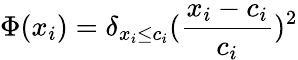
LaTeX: \Phi(x_{i})=\delta_{x_{i}\le c_{i}}(\frac{x_{i}-c_{i}}{c_{i}})^{2}